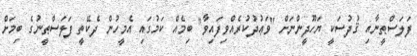
ފަލަސްޠީނާއި ޤުދުސަކީ ޔަހޫދީންނަށް "ވަޢުދުކުރެއްވިފައިވާ" ބިމެއް ކަމުގައި އެމީހުން ދެކޭތީ ފަލަސްޠީނުގެ ބިމަށް